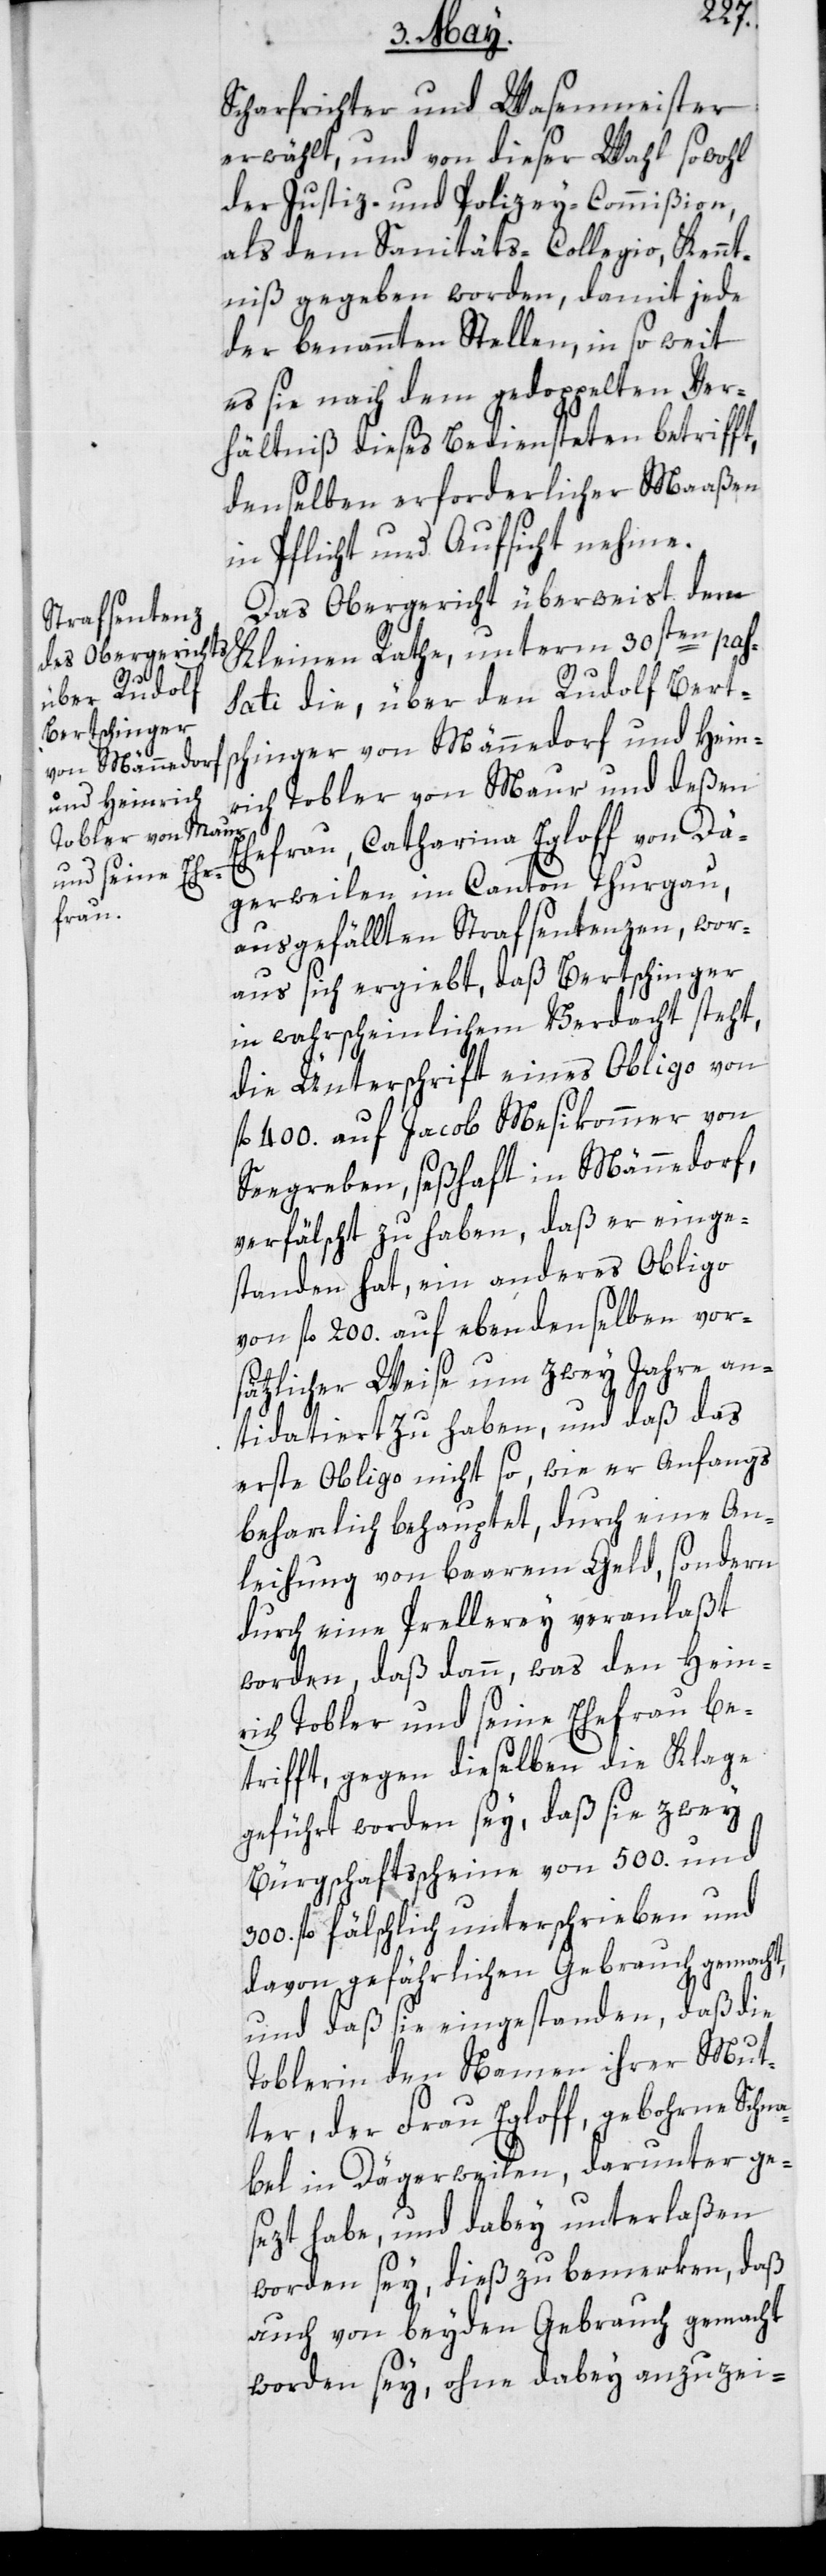
Scharfrichter und Wasenmeister
erwählt, und von dieser Wahl sowohl
der Justiz- und Polizey-Commißion,
als dem Sanitäts-Collegio, Kennt¬
niß gegeben worden, damit jede
der benannten Stellen, in so weit
es sie nach dem gedoppelten Ver¬
hältniß dieses Bediensteten betrifft,
denselben erforderlicher Maaßen
in Pflicht und Aufsicht nehme.
Das Obergericht überweist dem
Kleinen Rathe, unterm 30sten pas¬
sati die, über den Rudolf Bert¬
schinger von Männedorf und Hein¬
rich Tobler von Maur und deßen
Ehefrau, Catharina Egloff von Dä¬
gerweilen im Canton Thurgau,
ausgefällten Strafsentenzen, wor¬
aus sich ergiebt, daß Bertschinger
in wahrscheinlichem Verdacht steht,
die Unterschrift eines Obligo von
fl. 400. auf Jacob Mesikommer von
Seegreben, seßhaft in Männedorf,
verfälscht zu haben, daß er einge¬
standen hat, ein anderes Obilgo
von fl. 200. auf ebendenselben vor¬
sätzlicher Weise um zwey Jahre an¬
tidatiert zu haben, und daß das
erste Obligo nicht so, wie er Anfangs
beharrlich behauptet, durch eine An¬
leihung von baarem Geld, sondern
durch eine Prellerey veranlaßt
worden, daß dann, was den Hein¬
rich Tobler und seine Ehefrau be¬
trifft, gegen dieselben die Klage
geführt worden sey, daß sie zwey
Bürgschaftsscheine von 500. und
300. fl. fälschlich unterschrieben und
davon gefährlichen Gebrauch gemacht,
und daß sie eingestanden, daß die
Toblerin den Namen ihrer Mut¬
ter, der Frau Egloff, gebohrne Schna¬
bel in Dägerweilen, darunter ge¬
sezt habe, und dabey unterlaßen
worden sey, dieß zu bemerken, daß
auch von beyden Gebrauch gemacht
worden sey, ohne dabey anzuzei-